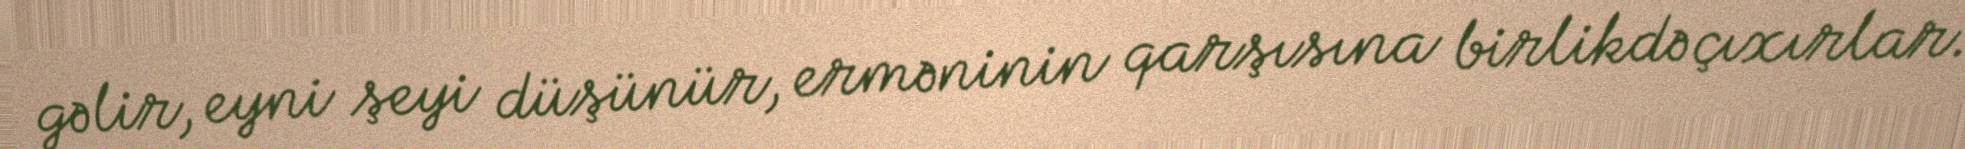
gəlir, eyni şeyi düşünür, erməninin qarşısına birlikdə çıxırlar.